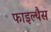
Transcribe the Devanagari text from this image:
फाइल्थैस